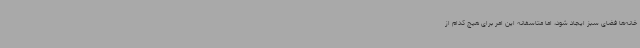
خانه‌ها فضای سبز ایجاد شود، اما متاسفانه این امر برای هیچ کدام از